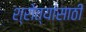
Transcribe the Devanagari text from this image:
श्रोत्यांसाठी